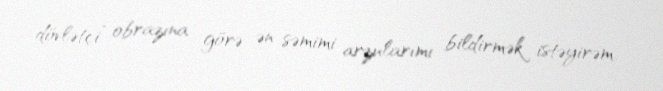
dövlətçi” obrazına görə ən səmimi arzularımı bildirmək istəyirəm.